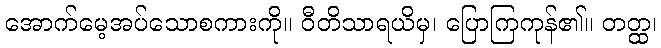
အောက်မေ့အပ်သောစကားကို။ ဝီတိသာရယိမှ၊ ပြောကြကုန်၏။ တတ္ထ၊